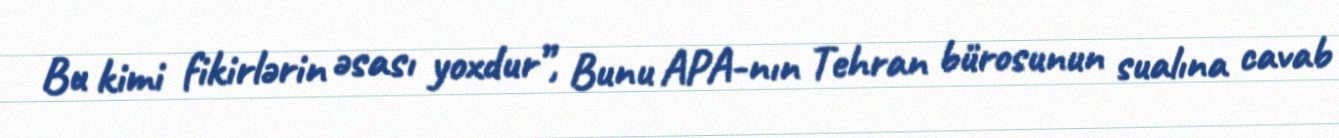
Bu kimi fikirlərin əsası yoxdur”, Bunu APA-nın Tehran bürosunun sualına cavab